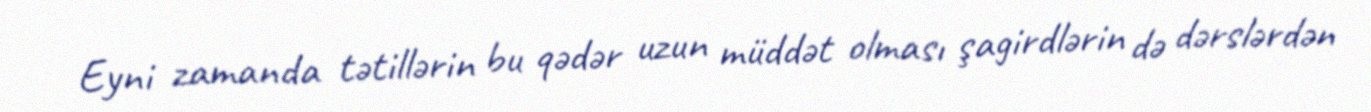
Eyni zamanda tətillərin bu qədər uzun müddət olması şagirdlərin də dərslərdən